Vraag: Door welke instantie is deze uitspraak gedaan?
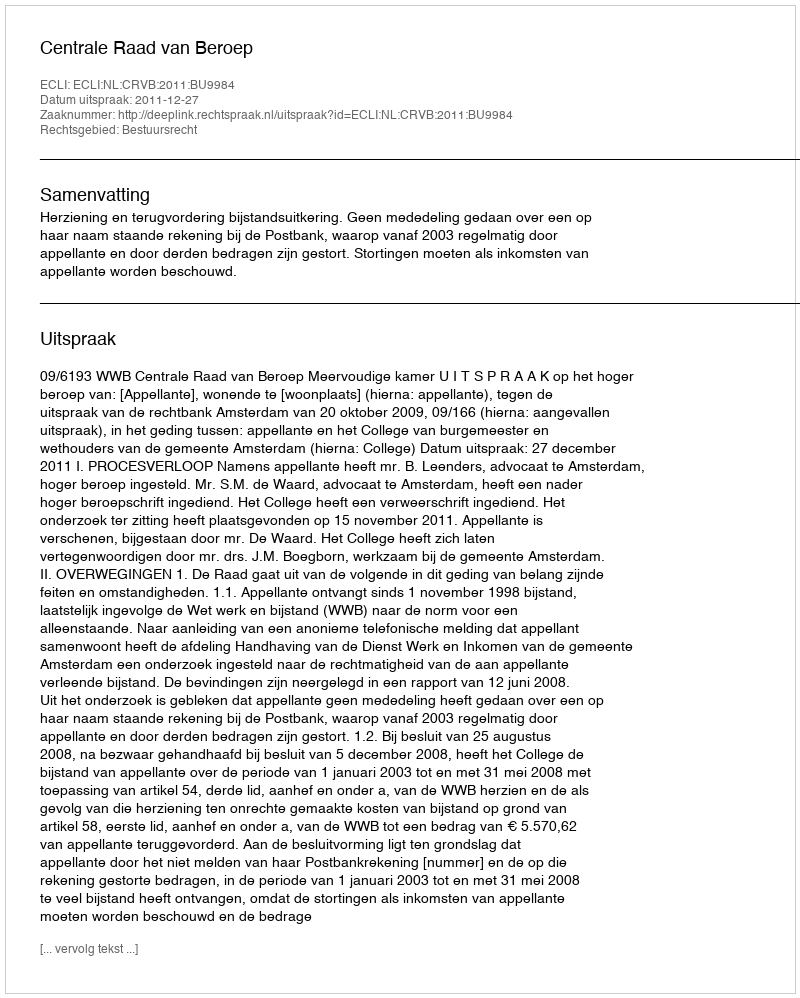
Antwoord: Centrale Raad van Beroep